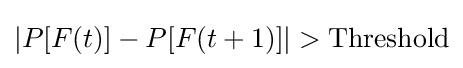
|P[F(t)]-P[F(t+1)]|>\mathrm {Threshold}